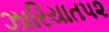
ઝારિયાત૫૨